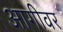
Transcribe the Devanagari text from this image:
आगीवर